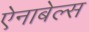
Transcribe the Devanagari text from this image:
ऐनाबेल्स